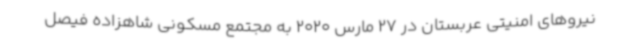
نیروهای امنیتی عربستان در 27 مارس 2020 به مجتمع مسکونی شاهزاده فیصل